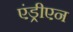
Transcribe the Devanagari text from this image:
एंड्रीएन